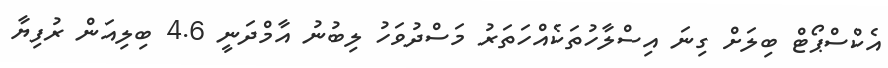
އެކްސްޕޯޓް ބިލަށް ގިނަ އިސްލާހުތަކެއްހަތަރު މަސްދުވަހު ލިބުނު އާމްދަނީ 4.6 ބިލިއަން ރުފިޔާ